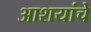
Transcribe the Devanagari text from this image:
आशयांचे